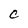
Character: C